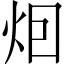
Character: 𤇆